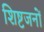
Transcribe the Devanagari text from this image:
शिष्टजनों